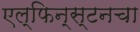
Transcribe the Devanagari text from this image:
एल्फिन्स्टनचा